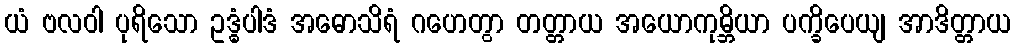
ယံ ဗလဝါ ပုရိသော ဥဒ္ဓံပါဒံ အဓောသိရံ ဂဟေတွာ တတ္တာယ အယောကုမ္ဘိယာ ပက္ခိပေယျ အာဒိတ္တာယ